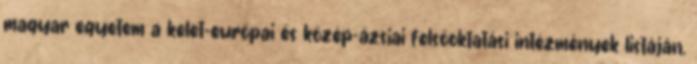
magyar egyetem a kelet-európai és közép-ázsiai felsőoktatási intézmények listáján.